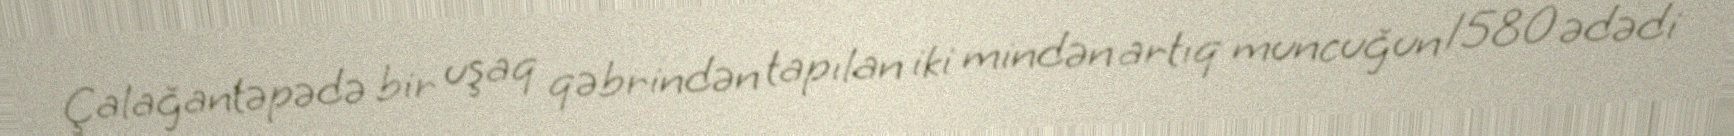
Çalağantəpədə bir uşaq qəbrindən tapılan iki mindən artıq muncuğun 1580 ədədi